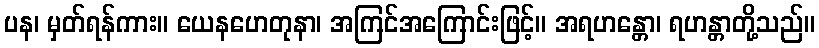
ပန၊ မှတ်ရန်ကား။ ယေနဟေတုနာ၊ အကြင်အကြောင်းဖြင့်။ အရဟန္တော၊ ရဟန္တာတို့သည်။